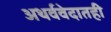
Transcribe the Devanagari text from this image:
अथर्ववेदातही